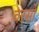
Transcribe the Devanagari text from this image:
वरसो